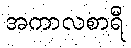
အကာလစာရီ